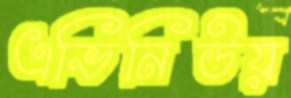
এভিনিউয়